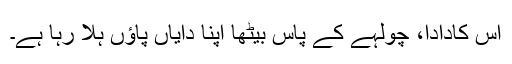
اس کادادا، چولہے کے پاس بیٹھا اپنا دایاں پاؤں ہلا رہا ہے۔